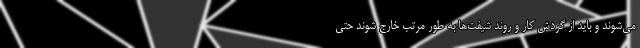
می‌شوند و باید از گردش کار و روند شیفت‌ها به طور مرتب خارج شوند حتی